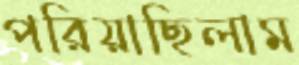
পরিয়াছিলাম